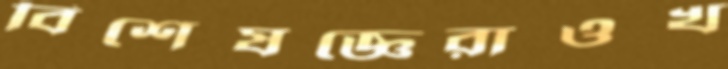
বিশেষজ্ঞেরাওখ